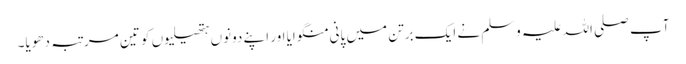
آپ صلی اللہ علیہ وسلم نے ایک برتن میں پانی منگوایا اور اپنے دونوں ہتھیلیوں کو تین مرتبہ دھویا۔